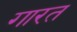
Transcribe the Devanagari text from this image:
गारत